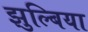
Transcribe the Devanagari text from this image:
झुल्बिया